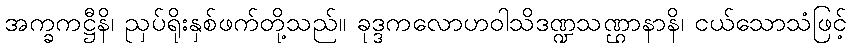
အက္ခကဋ္ဌီနိ၊ ညှပ်ရိုးနှစ်ဖက်တို့သည်။ ခုဒ္ဒကလောဟဝါသိဒဏ္ဍသဏ္ဌာနာနိ၊ ငယ်သောသံဖြင့်